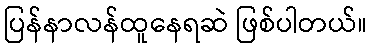
ပြန်နာလန်ထူနေရဆဲ ဖြစ်ပါတယ်။